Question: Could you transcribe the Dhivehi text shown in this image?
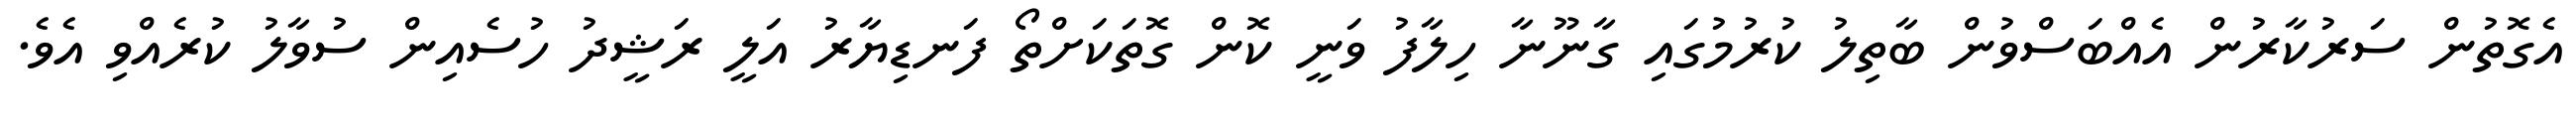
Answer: އެގޮތުން ސަރުކާރުން އެއްބަސްވުން ބާތިލު ކުރުމުގައި ގާނޫނާ ހިލާފު ވަނީ ކޮން ގޮތަކަށްތޯ ފަނޑިޔާރު އަލީ ރަޝީދު ހުސެއިން ސުވާލު ކުރެއްވި އެވެ.